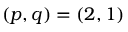
\left( p , q \right) = \left( 2 , 1 \right)